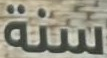
سنة